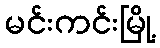
မင်းကင်းမြို့